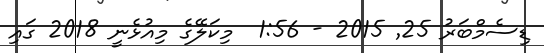
ޑިސެމްބަރު 25